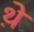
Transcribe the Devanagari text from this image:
थे़